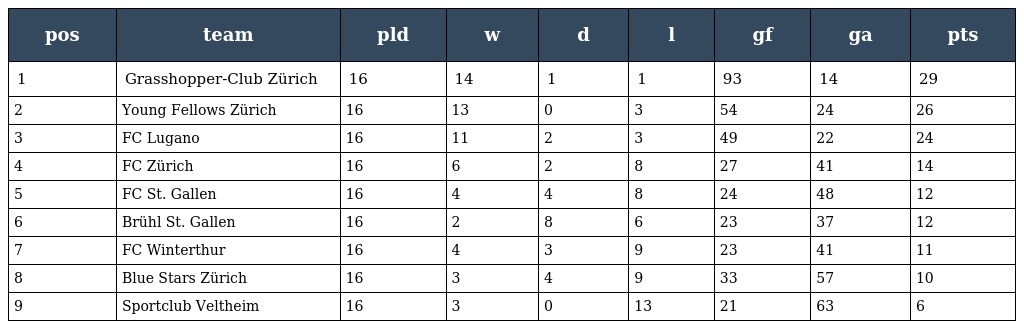
| pos | team | pld | w | d | l | gf | ga | pts |
 | --- | --- | --- | --- | --- | --- | --- | --- | --- |
 | 1 | Grasshopper-Club Zürich | 16 | 14 | 1 | 1 | 93 | 14 | 29 |
 | 2 | Young Fellows Zürich | 16 | 13 | 0 | 3 | 54 | 24 | 26 |
 | 3 | FC Lugano | 16 | 11 | 2 | 3 | 49 | 22 | 24 |
 | 4 | FC Zürich | 16 | 6 | 2 | 8 | 27 | 41 | 14 |
 | 5 | FC St. Gallen | 16 | 4 | 4 | 8 | 24 | 48 | 12 |
 | 6 | Brühl St. Gallen | 16 | 2 | 8 | 6 | 23 | 37 | 12 |
 | 7 | FC Winterthur | 16 | 4 | 3 | 9 | 23 | 41 | 11 |
 | 8 | Blue Stars Zürich | 16 | 3 | 4 | 9 | 33 | 57 | 10 |
 | 9 | Sportclub Veltheim | 16 | 3 | 0 | 13 | 21 | 63 | 6 |